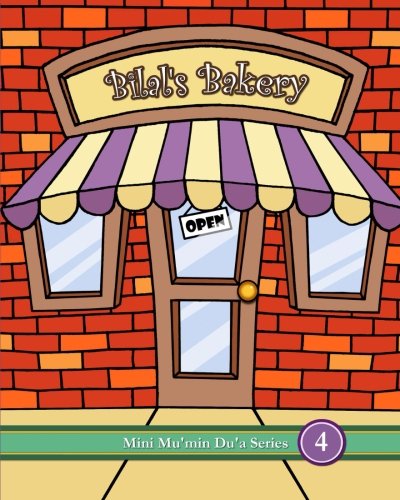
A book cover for Bilal's Bakery (Mini Mu'min Du'a Series); Mini Mu'min Publications; Religion & Spirituality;